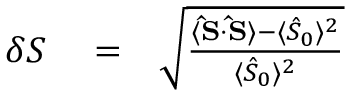
\begin{array} { r l r } { \delta S } & { { } = } & { \sqrt { \frac { \langle { \bf \hat { S } } \cdot { \bf \hat { S } } \rangle - \langle { \hat { S } _ { 0 } } \rangle ^ { 2 } } { \langle { \hat { S } _ { 0 } } \rangle ^ { 2 } } } } \end{array}